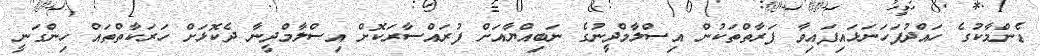
ޑެންމާކުގެ ހައްދުފަހަނަޅައިފައިވާ ފަރާތްތަކުން އިސްލާމްދީނުގެ ނަބިއްޔާއަށް ފުރައްސާރަކޮށް އިސްލާމްދީނާ ދެކޮޅަށް ހަރަކާތްތައް ހިންގަނީ